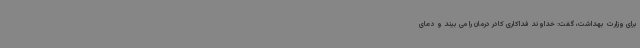
برای وزارت بهداشت، گفت: خداوند فداکاری کادر درمان را می بیند و دعای